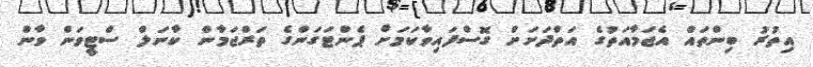
އިތުރު ބިންތައް އެޖަމާއަތުގެ އަތްދަށަށް ގޮސްފައިވާކަމަށް ޕެންޓަގަންގެ ތަރްޖަމާން ކާނަލް ސްޓީވަން ވާން